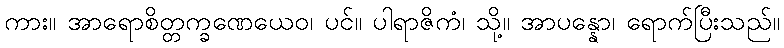
ကား။ အာရောစိတ္တက္ခဏေယေဝ၊ ပင်။ ပါရာဇိကံ၊ သို့။ အာပန္နော၊ ရောက်ပြီးသည်။